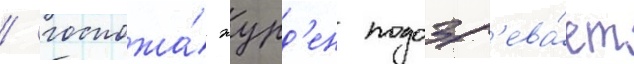
/ госпожа́ журд'ен подозр'ева́ет